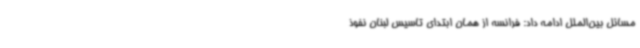
مسائل بین‌الملل ادامه داد: فرانسه از همان ابتدای تاسیس لبنان نفوذ